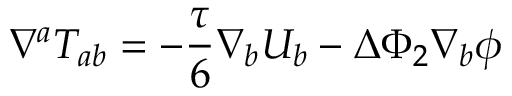
\nabla ^ { a } { \cal T } _ { a b } = - \frac { \tau } { 6 } \nabla _ { b } U _ { b } - \Delta \Phi _ { 2 } \nabla _ { b } \phi